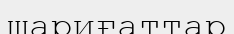
шариғаттар